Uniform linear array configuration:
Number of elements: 12
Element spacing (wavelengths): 0.25
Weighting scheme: blackman
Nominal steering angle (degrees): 45
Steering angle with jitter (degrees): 44.347
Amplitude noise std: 0.05
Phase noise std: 0.05

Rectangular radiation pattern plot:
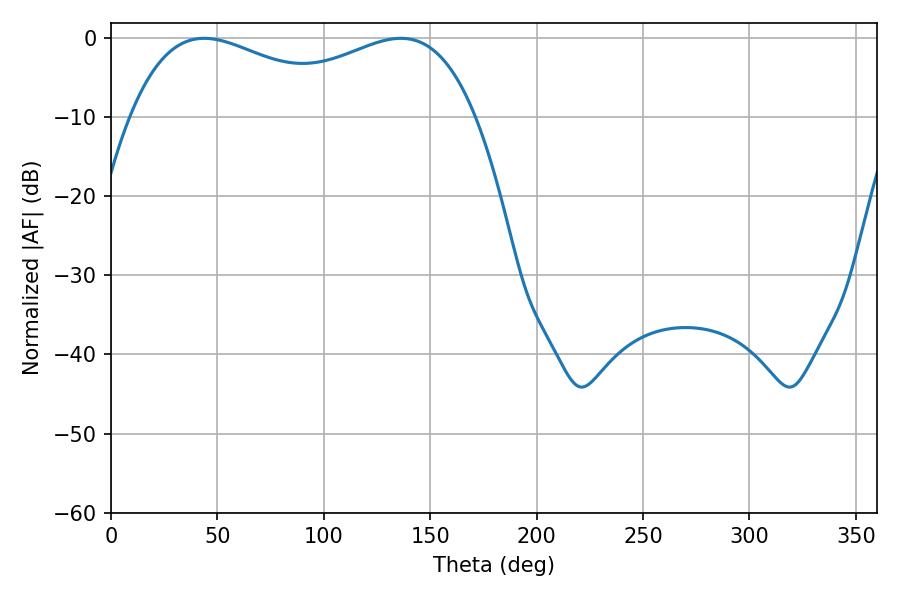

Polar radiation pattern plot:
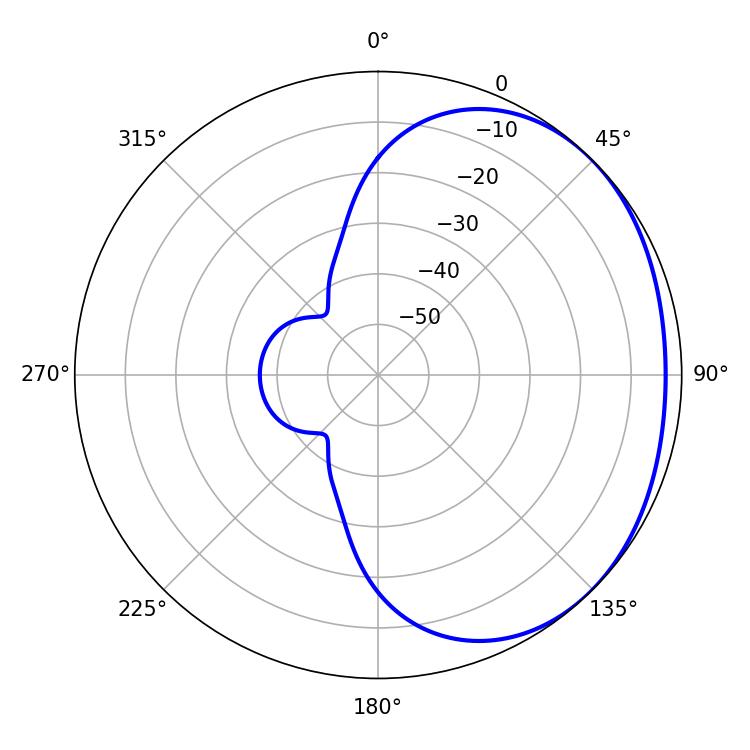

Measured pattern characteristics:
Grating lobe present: FALSE
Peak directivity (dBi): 1.641
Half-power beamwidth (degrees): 59.58
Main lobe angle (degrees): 43.74